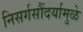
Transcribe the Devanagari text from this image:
निसर्गसौंदर्यामुळे